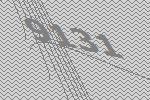
9131